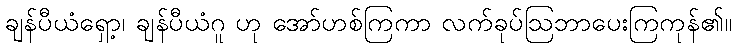
ချန်ပီယံရှော့၊ ချန်ပီယံဂူ ဟု အော်ဟစ်ကြကာ လက်ခုပ်ဩဘာပေးကြကုန်၏။